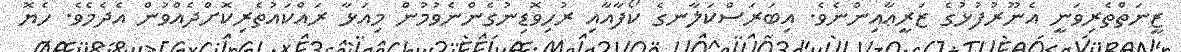
ޒީނަތްތެރިވަނީ އެނޫރުފުޅުގެ ޒަރީޢާއިންނެވެ. އިބަރަސްކަލާނގެ ކޯފާއާއި ރުހިވޮޑިނުގެންނެވުމުން މިއަޅާ ރައްކައުތެރިކޮށްދެއްވުން އެދެމެވެ. ހެޔޮ